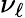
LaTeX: \nu_{\ell}